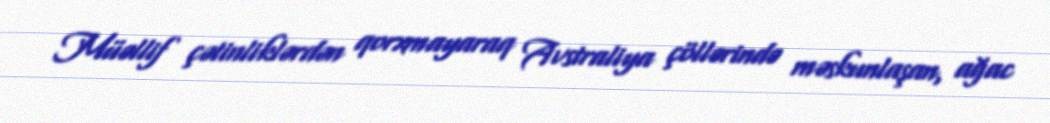
Müəllif çətinliklərdən qorxmayaraq Avstraliya çöllərində məskunlaşan, ağac